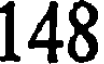
148